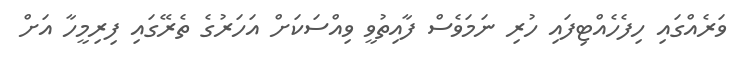
ވަރެއްގައި ހިފެހެއްޓިފައި ހުރި ނަމަވެސް ފާއިތުވީ ވިއްސަކަށް އަހަރުގެ ތެރޭގައި ފިރިމީހާ އަށް